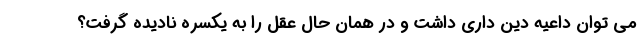
می توان داعیه دین داری داشت و در همان حال عقل را به یکسره نادیده گرفت؟